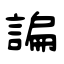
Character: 諞